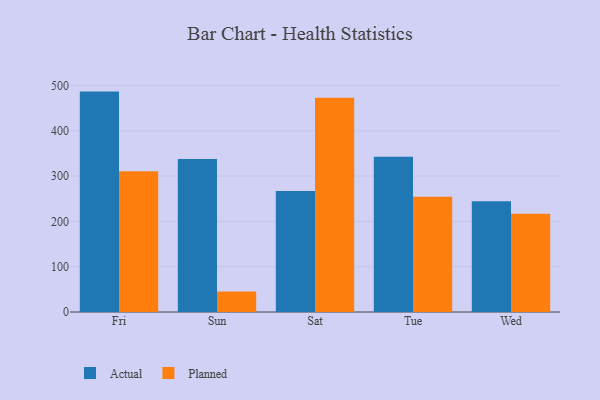
{"axis": {"x": "Day", "y": "Temperature (°C)"}, "legend": ["Actual", "Planned"], "data": [{"x": "Fri", "y": 486.4, "type": "Actual"}, {"x": "Fri", "y": 310.8, "type": "Planned"}, {"x": "Sun", "y": 337.7, "type": "Actual"}, {"x": "Sun", "y": 45.0, "type": "Planned"}, {"x": "Sat", "y": 267.0, "type": "Actual"}, {"x": "Sat", "y": 472.8, "type": "Planned"}, {"x": "Tue", "y": 342.8, "type": "Actual"}, {"x": "Tue", "y": 254.4, "type": "Planned"}, {"x": "Wed", "y": 244.6, "type": "Actual"}, {"x": "Wed", "y": 216.9, "type": "Planned"}]}